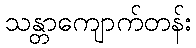
သန္တာကျောက်တန်း